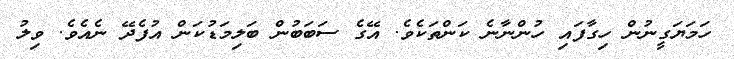
ހަމަޔަގީނުން ހިގާފައި ހުންނާނެ ކަންތަކެވެ. އޭގެ ސަބަބުން ބަލިމަޑުކަން އުފެދޭ ނެއެވެ. ވިލު